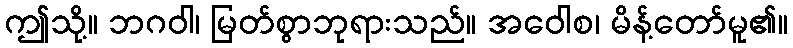
ဤသို့။ ဘဂဝါ၊ မြတ်စွာဘုရားသည်။ အဝေါစ၊ မိန့်တော်မူ၏။